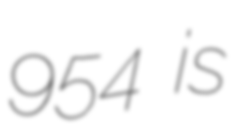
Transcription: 954 is